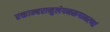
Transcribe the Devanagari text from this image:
रक्ताम्बरानुलेपनस्रगाभरणां